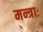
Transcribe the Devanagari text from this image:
मन्त्राः